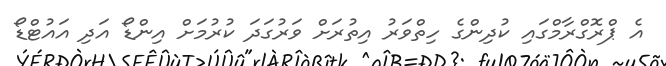
އެ ޕްރޮގްރާމްގައި ކުދިންގެ ހިތްވަރު އިތުރަށް ވަރުގަދަ ކުރުމަށް އިންޑޯ އަދި އައުޓްޑޯ